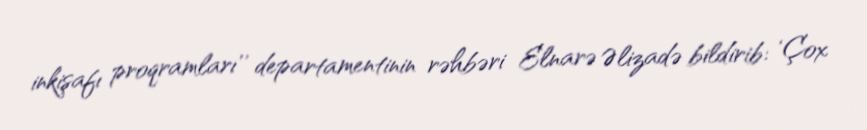
inkişafı proqramları’’ departamentinin rəhbəri Elnarə Əlizadə bildirib: ‘Çox